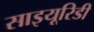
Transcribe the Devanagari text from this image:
साइयूरिडी